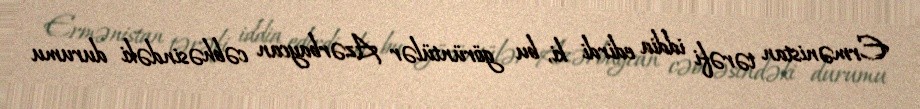
Ermənistan tərəfi iddia edirdi ki, bu görüntülər Azərbaycan cəbhəsindəki durumu